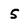
Character: 5